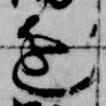
進